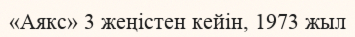
«Аякс» 3 жеңістен кейін, 1973 жыл